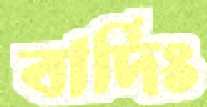
বার্দিং